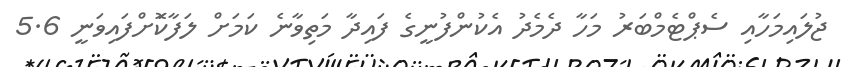
ޖުލައިމަހާއި ސެޕްޓެމްބަރު މަހާ ދެމެދު އެކުންފުނީގެ ފައިދާ މަތިވާނެ ކަމަށް ލަފާކޮަށްފައިވަނީ 5.6